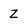
Character: z